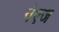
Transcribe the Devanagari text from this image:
नेएज